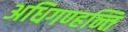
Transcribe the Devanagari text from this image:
अधिगण्हन्ति